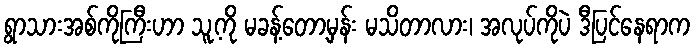
ရွာသားအစ်ကိုကြီးဟာ သူ့ကို မခန့်တော့မှန်း မသိတာလား၊ အလုပ်ကိုပဲ ဒီပြင်နေရာက